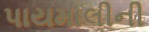
પાયમાલીની